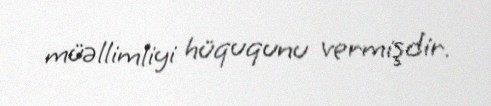
müəllimliyi hüququnu vermişdir.